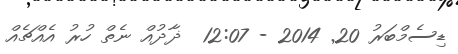
ޑިސެމްބަރު 20